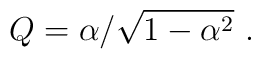
Q=\alpha/\sqrt{1-\alpha^2} \ .